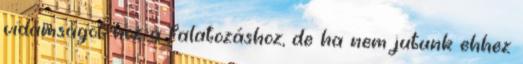
vidámságot hoz a falatozáshoz, de ha nem jutunk ehhez